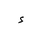
Letter: _hamza